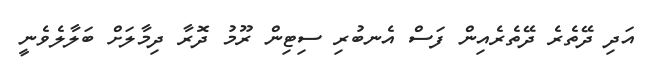
އަދި ދޭތެރެ ދޭތެރެއިން ފަސް އެނބުރި ސިޓިން ރޫމު ދޮރާ ދިމާލަށް ބަލާލެވެނީ